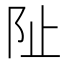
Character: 阯